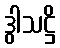
ဒွါသဋ္ဌိ